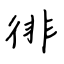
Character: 徘